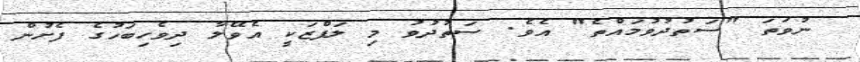
ނުވަތަ "ސަތުދުވުމައްތެ" އެވެ. ސަތުދުވު މި ލަފްޒަކީ އެވޭލާ ދިވެހިބަހުގެ ފެށުން